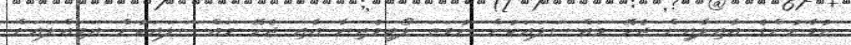
ޒުވާނުންގެ އާއިލާއިން ޖެހޭ މައްސަލައަކުން ނުވަތަ ލޯބިވެރިޔާ އާއި ޖެހޭ މައްސަލައަކުން އަމިއްލައަށް